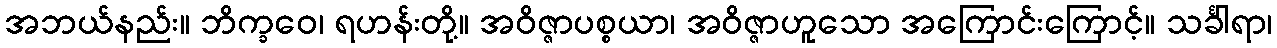
အဘယ်နည်း။ ဘိက္ခဝေ၊ ရဟန်းတို့။ အဝိဇ္ဇာပစ္စယာ၊ အဝိဇ္ဇာဟူသော အကြောင်းကြောင့်။ သင်္ခါရာ၊